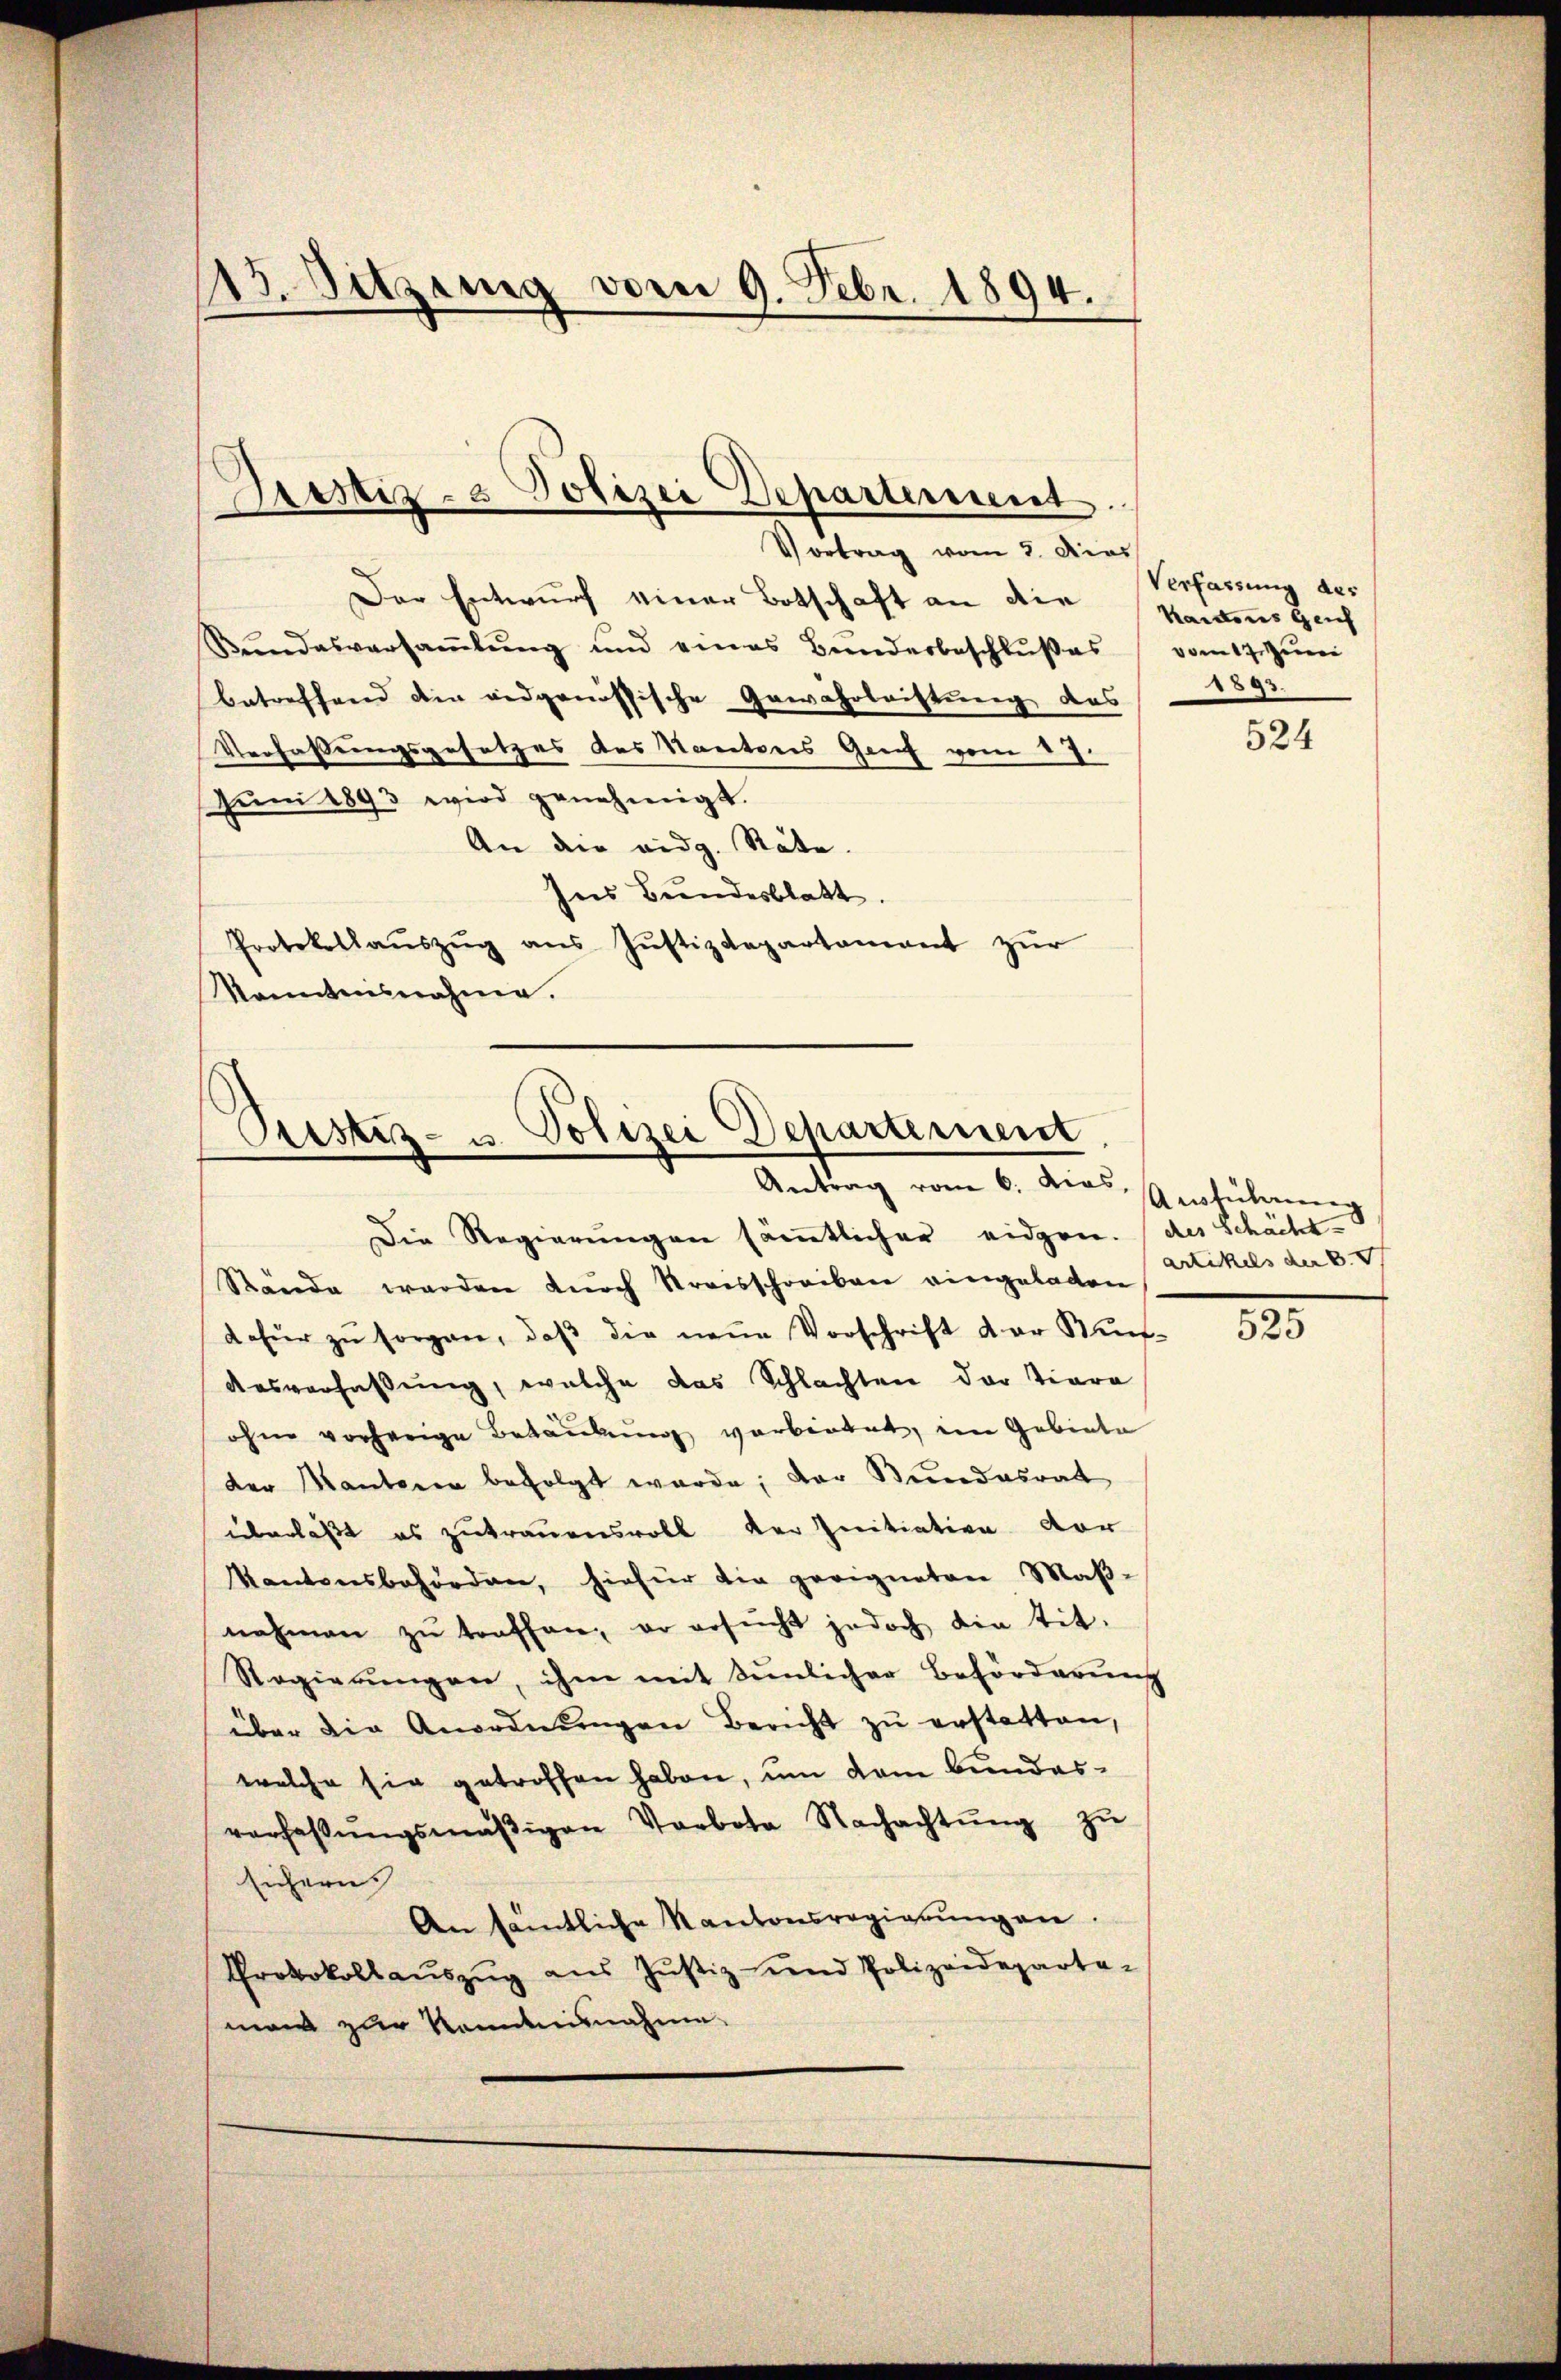
13. Sitzung vom 9. Febr. 1894.

Vortrag vom 3. dies
Der Entwurf einer Botschaft an die
Bŭndesversaṁlŭng und eines Bunderbeschlŭβes
betreffend die eidgenössische Gewahrlachtung des
Verfassungsgesetzes des Kantons Genf vom 17.
Jŭni 1893 wird genehmigt.
An die eidg. Stäte.
Ins Bundesblatt.
Protokollaŭszŭg aŭs Jŭstizdepartamant zŭr
kanntensnahme.

Destiz- & Polizei Departerrent

Piustiz- u. Polizei Departement
Antrag vom 6. dies Ausführung

Die Regierungen sämmtlicher eidgen. (des Schächt-
Stände werden durch Streisschreiben eingeladen
dafür zŭ sorgen, daβ die neue Vorschrift der Mut-
Ausverfaßung, welche das Schlachten der Tiera
ohne vorherige Bedankung verbietet, im Gebiete
der Manteren befolgt werde; der Bundesrat
überläßt es zutrauensvoll der Initiation vor
Kantonsbehörden, hiefür die geeigneten Maß-
nehmen zŭ treffen, er ersucht jedoch die tit.
Regierungen, ihm mit Sunlicher Beförderung
über die Anordnŭngen Bericht zŭ erstatten,
welche sie getroffen haben, um dem Bundesvorhaβŭngsmäβigen Verbote Nachachtŭng zŭ
sichern
An sämtliche Kantonsregierungen.
Protokollauszug aus Justiz und Polizeideparta-
man zur Kenntnisnahme

Verfassung des
Kantons Geis
vom 17. Juni
1895.

524

artikels der B

525